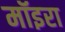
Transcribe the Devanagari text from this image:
मॉइरा